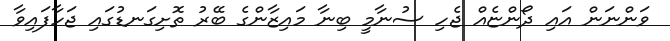
ވަންނަން އައި ދޯންޏެއް ޖެހި ސުނާމީ ބިނާ މައިޒާންގެ ބޭރު ތޮށިގަނޑުގައި ޖަހާފައިވާ